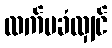
လက်မခံလျှင်